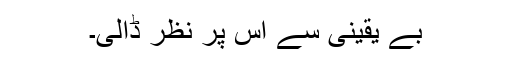
بے یقینی سے اس پر نظر ڈالی۔